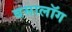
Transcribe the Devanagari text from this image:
बसालॉग